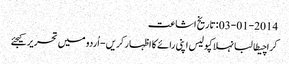
03-01-2014 :تاریخ اشاعت
کراچیطالبانہلاکپولیس اپنی رائے کا اظہار کریں - اُردو میں تحریر کیجئے